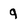
Character: 9